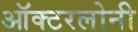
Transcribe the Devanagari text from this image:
ऑक्टरलोनी